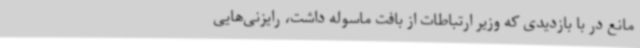
مانع در با بازدیدی که وزیر ارتباطات از بافت ماسوله داشت، رایزنی‌هایی